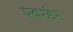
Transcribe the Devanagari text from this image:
एबरडेर